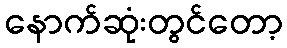
နောက်ဆုံးတွင်တော့